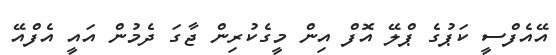
އޭއެފްސީ ކަޕުގެ ޕްލޭ އޮފް އިން މީގެކުރިން ޖާގަ ދެމުން އައީ އެފްއޭ